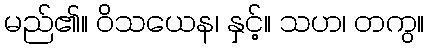
မည်၏။ ဝိသယေန၊ နှင့်။ သဟ၊ တကွ။